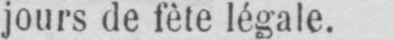
jours de fète légale.